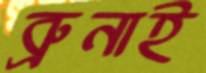
ব্রুনাই